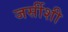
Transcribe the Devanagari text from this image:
जर्सीशी